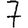
Digit: 7